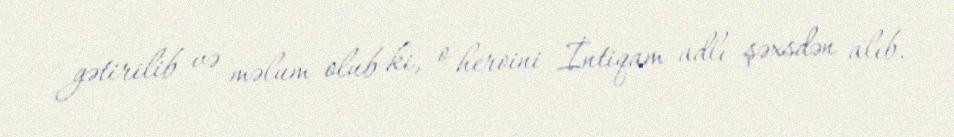
gətirilib və məlum olub ki, o heroini İntiqam adlı şəxsdən alıb.